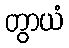
တွာယံ